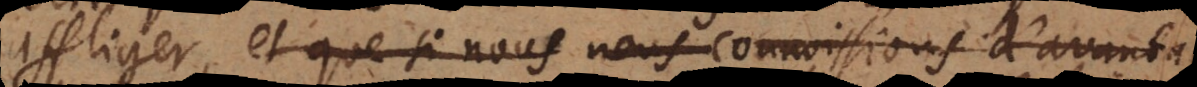
affliger, et que si nous nous connoissions d’avanta